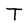
Character: T